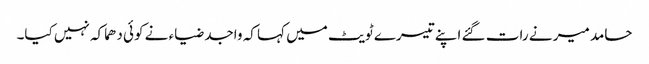
حامد میر نے رات گئے اپنے تیسرے ٹویٹ میں کہا کہ واجد ضیاء نے کوئی دھماکہ نہیں کیا۔